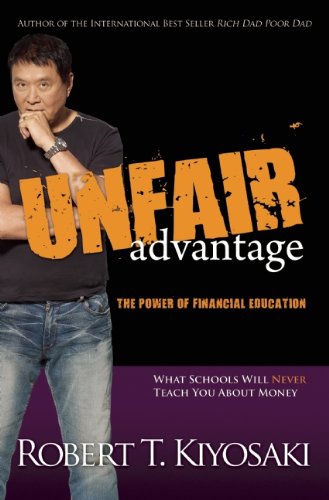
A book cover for Unfair Advantage: The Power of Financial Education; Robert T. Kiyosaki; Education & Teaching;